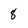
Character: 8